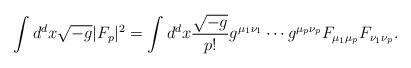
LaTeX: \begin{align*}\int d^d x \sqrt{-g}|F_p|^2=\int d^d x {\sqrt{-g}\over p!}g^{\mu_1\nu_1}\cdots g^{\mu_p\nu_p}F_{\mu_1\mu_p}F_{\nu_1\nu_p}.\end{align*}